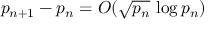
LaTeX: p _ { n + 1 } - p _ { n } = O ( { \sqrt { p _ { n } } } \, \log p _ { n } )